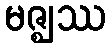
မဇ္ဈဿ